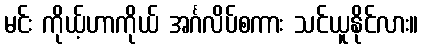
မင်း ကိုယ့်ဟာကိုယ် အင်္ဂလိပ်စကား သင်ယူနိုင်လား။